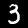
Digit: 3